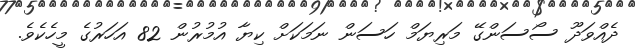
ދެއްވަދޫ ސޯސަންގޭ މަރިޔަމް ހަސަން ނަމަކަށް ކިޔާ އުމުރުން 82 އަހަރުގެ މީހެކެވެ.